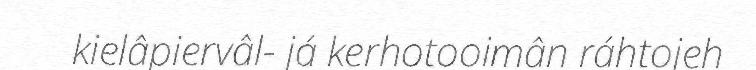
kielâpiervâl- já kerhotooimân ráhtojeh